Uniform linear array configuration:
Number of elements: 16
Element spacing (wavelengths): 1
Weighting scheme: kaiser
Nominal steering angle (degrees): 0
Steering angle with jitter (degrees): -1.518
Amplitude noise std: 0.05
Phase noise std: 0.05

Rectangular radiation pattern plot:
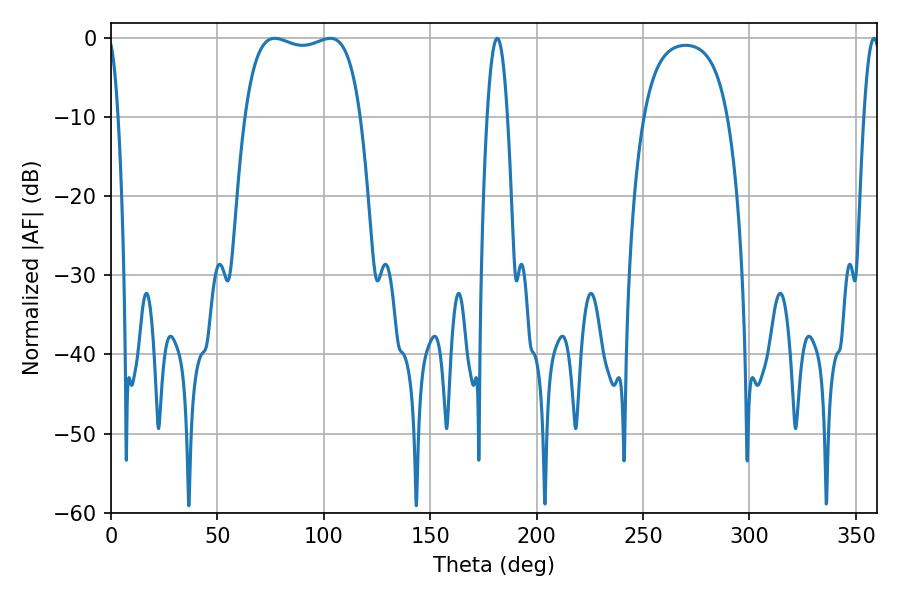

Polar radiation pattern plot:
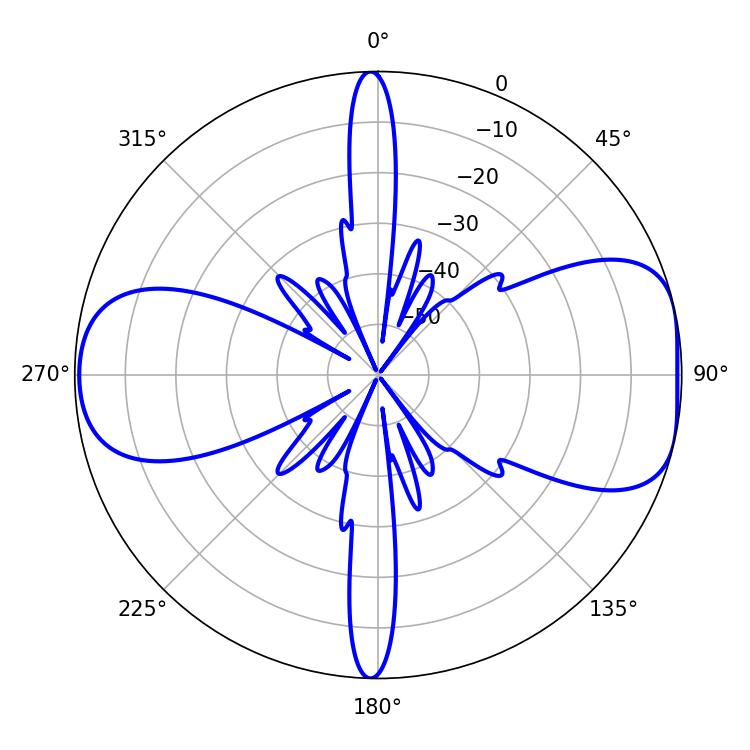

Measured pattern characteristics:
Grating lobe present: TRUE
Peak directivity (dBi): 7.894
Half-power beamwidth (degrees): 43.92
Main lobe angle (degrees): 77.04